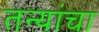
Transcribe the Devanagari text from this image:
तन्यांचा